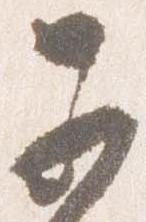
子